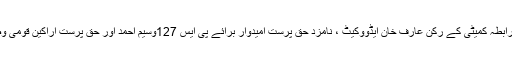
اس موقع پر ایم کیوایم کی رابطہ کمیٹی کے رکن عارف خان ایڈووکیٹ ، نامزد حق پرست امیدوار برائے پی ایس 127وسیم احمد اور حق پرست اراکین قومی وصوبائی بھی موجود تھے ۔